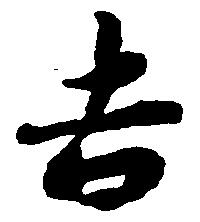
吉